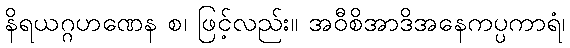
နိရယဂ္ဂဟဏေန စ၊ ဖြင့်လည်း။ အဝီစိအာဒိအနေကပ္ပကာရံ၊